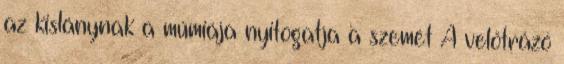
az kislánynak a múmiája nyitogatja a szemét A velőtrázó